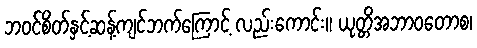
ဘဝင်စိတ်နှင့်ဆန့်ကျင်ဘက်ကြောင့် လည်းကောင်း။ ယုတ္တိအဘာဝတောစ၊